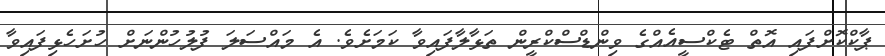
ޕާކްކޮށްފައި އޮތް ޓެކްސީއެއްގެ ވިންޑްސްކްރީން ތަޅާލާފައިވާ ކަމަށެވެ. އެ މައްސަލަ ފުލުހުންނަށް ހުށަހެޅިފައިވާ